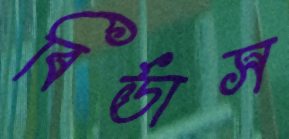
বির্ডাস